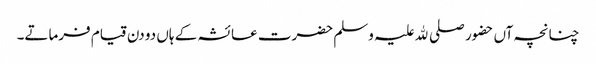
چنانچہ آں حضور صلی ﷲ علیہ وسلم حضرت عائشہ کے ہاں دو دن قیام فرماتے۔